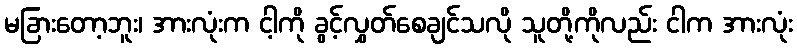
မခြားတော့ဘူး၊ အားလုံးက ငါ့ကို ခွင့်လွှတ်စေချင်သလို သူတို့ကိုလည်း ငါက အားလုံး